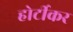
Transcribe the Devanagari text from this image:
होर्टीकर